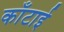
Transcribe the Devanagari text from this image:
काँटाई